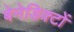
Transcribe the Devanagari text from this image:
बेनेडिक्टों